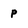
Character: p